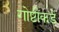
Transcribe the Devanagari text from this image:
गोष्टीकडे